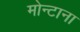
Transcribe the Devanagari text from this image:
मोन्‍टाना